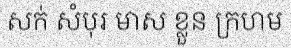
សក់ សំបុរ មាស ខ្លួន ក្រហម